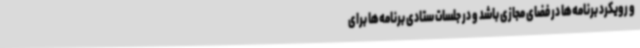
و رویکرد برنامه‌ها در فضای مجازی باشد و در جلسات ستادی برنامه‌ها برای